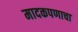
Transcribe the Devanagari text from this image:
मादकपणाचा